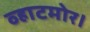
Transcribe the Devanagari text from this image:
व्हाटमोर।